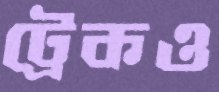
ট্রেকও